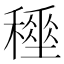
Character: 𥢤